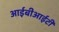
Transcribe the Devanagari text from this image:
आईबीआईटी